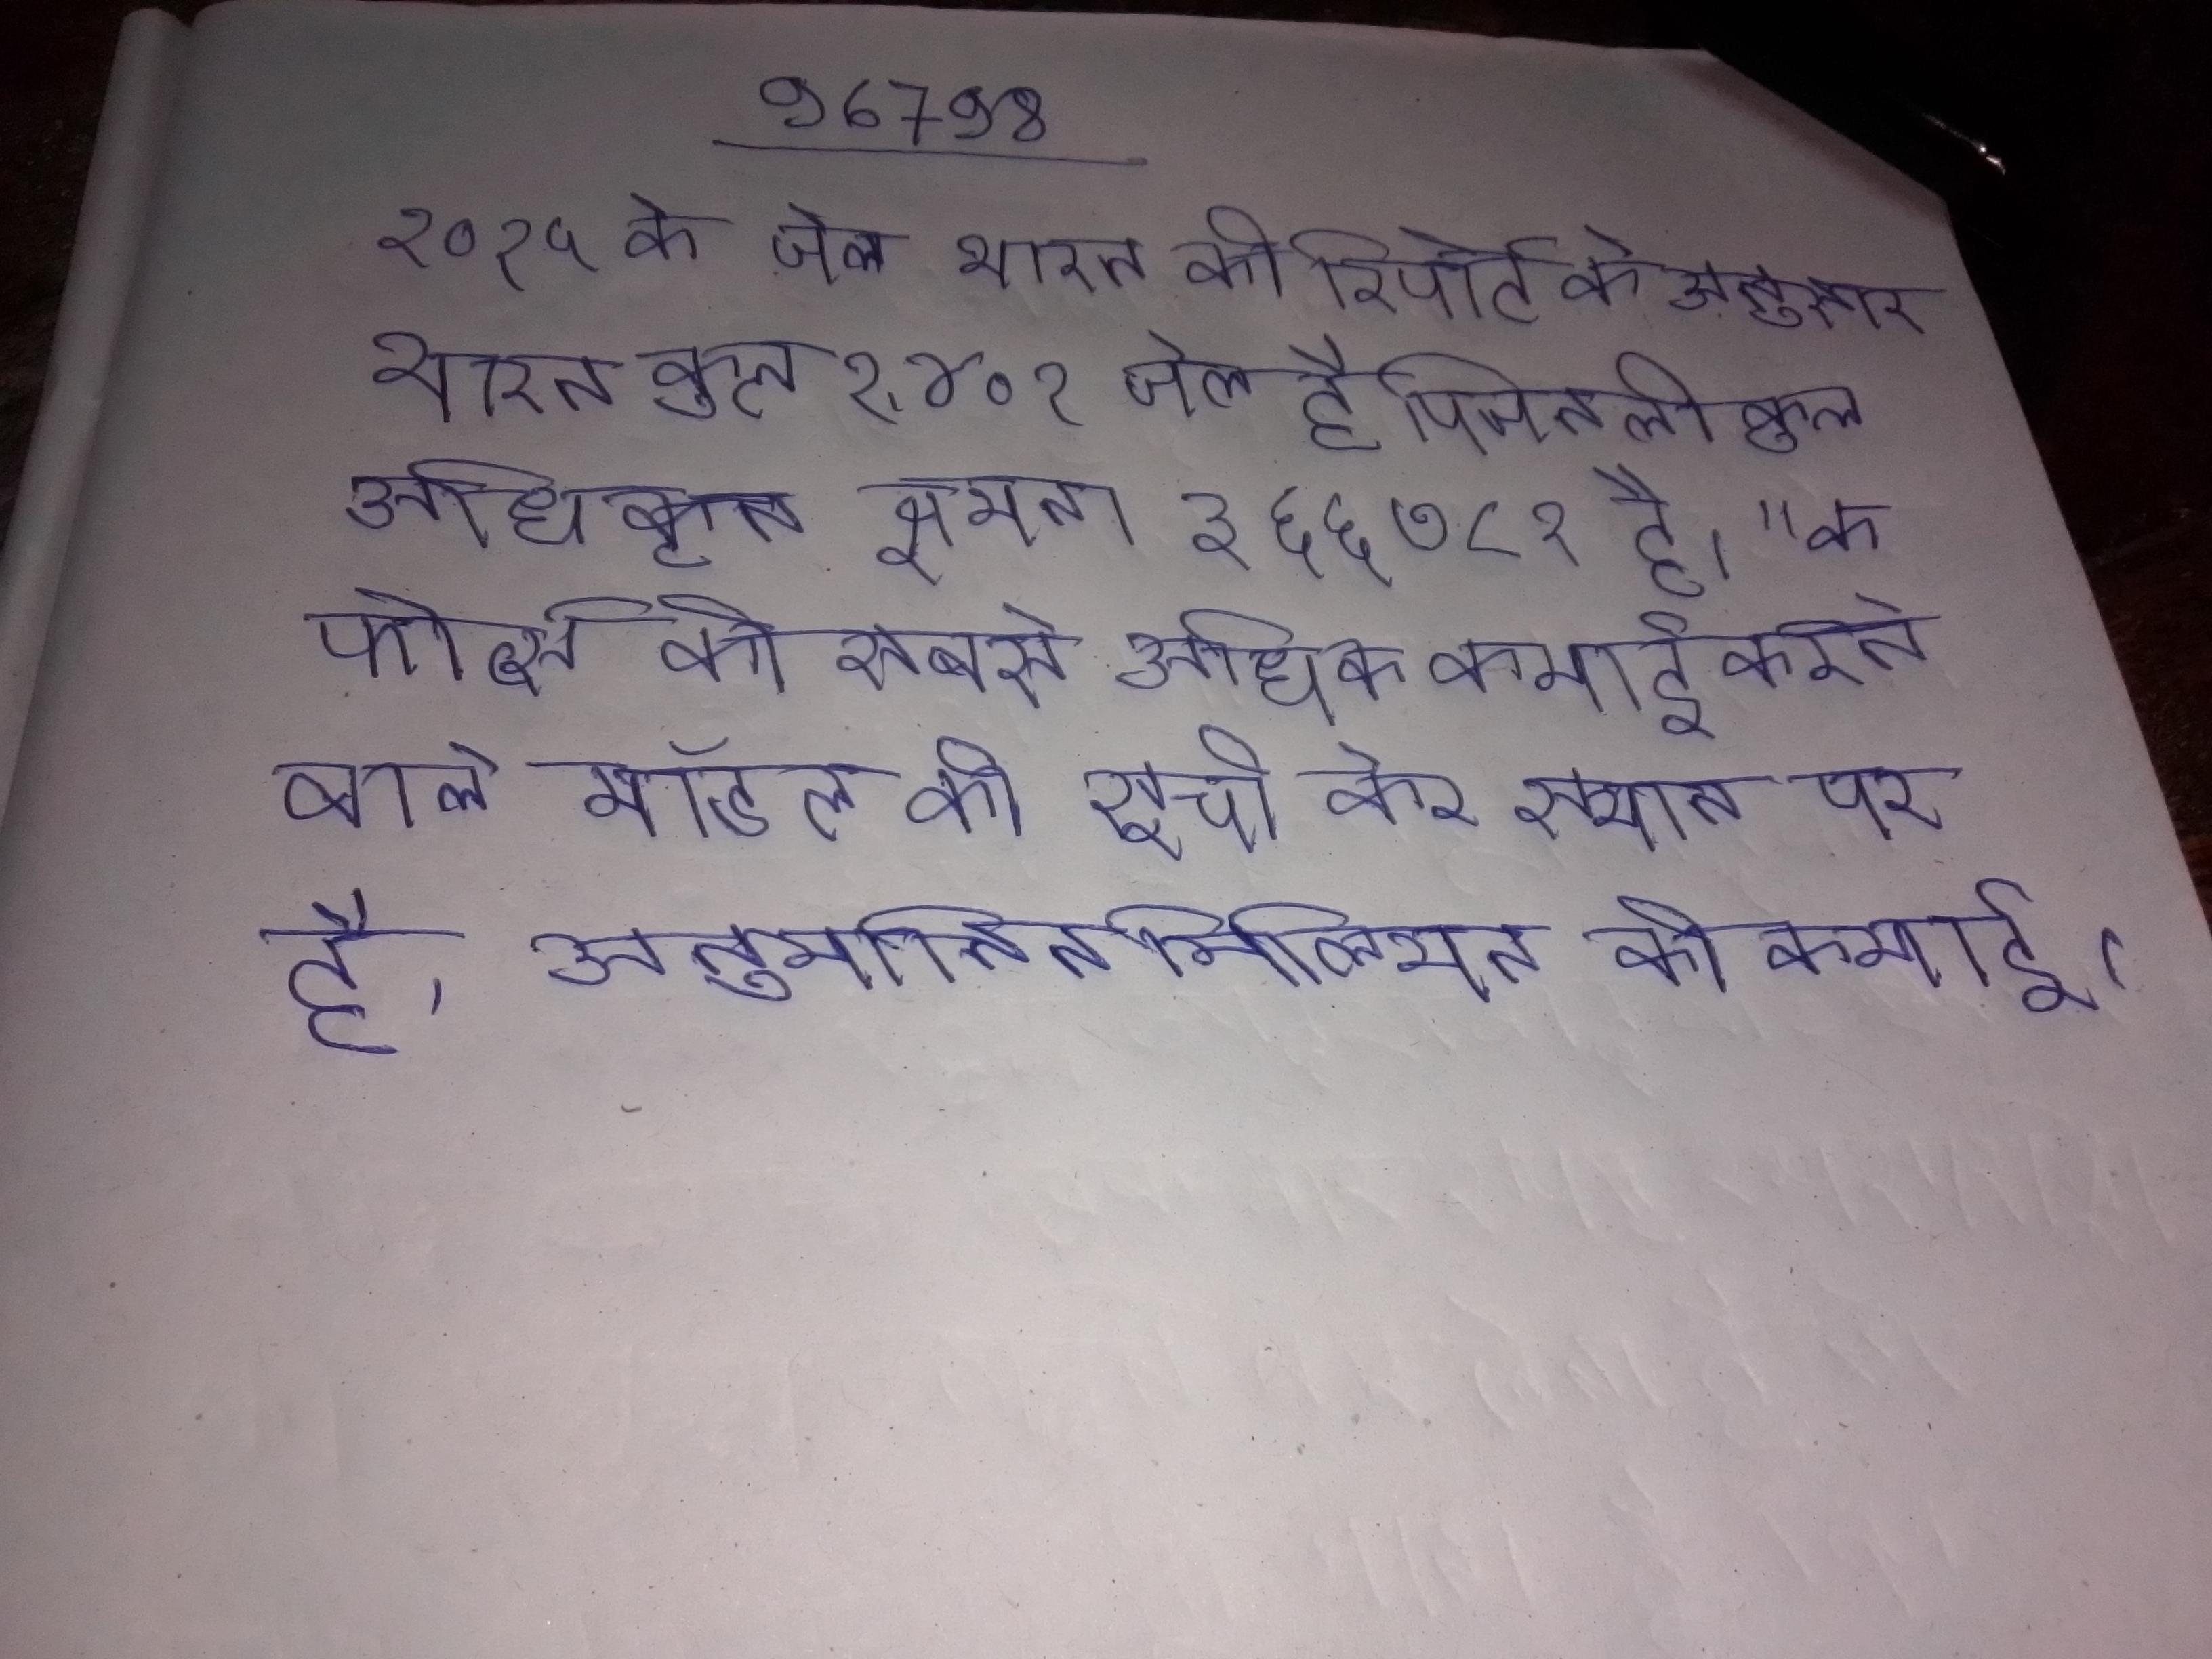
२०१५ के जेल भारत की रिपोर्ट के अनुसार भारत कुल १,४०१ जेल है जिनली कुल अधिकृत क्षमता ३,६६,७८१ है । " के फोर्ब्स की सबसे अधिक कमाई करने वाले मॉडल की सूची केर स्थान पर है, अनुमानित मिलियन की कमाई ।